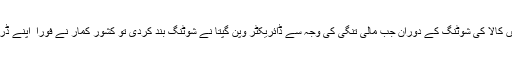
انہوں نے کشور کمار کی دریا دلی کا ایک قصہ اور بیان کیا کہ سال 1964 میں بنی فلم دال میں کالا کی شوٹنگ کے دوران جب مالی تنگی کی وجہ سے ڈائریکٹر وپن گپتا نے شوٹنگ بند کردی تو کشور کمار نے فورا ً اپنے ڈرائیور کو بھیج کر 20 ہزار روپے منگوائے اور ان روپیوں کو انہوں نے وپن گپتا کو سونپ دیا۔